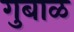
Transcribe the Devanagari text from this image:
गुबाळ